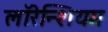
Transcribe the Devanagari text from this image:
लॉरेन्शियम